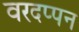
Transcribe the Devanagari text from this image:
वरदप्पन